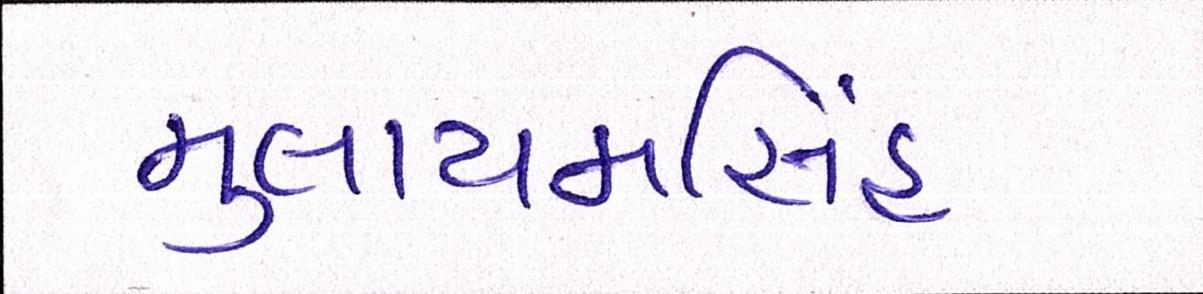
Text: મુલાયમસિંહ